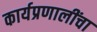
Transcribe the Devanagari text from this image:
कार्यप्रणालींचा